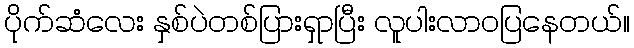
ပိုက်ဆံလေး နှစ်ပဲတစ်ပြားရှာပြီး လူပါးလာဝပြနေတယ်။